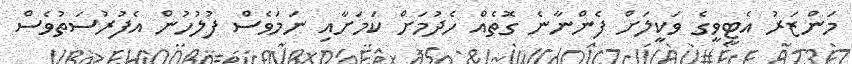
މަންޒަރު އެޓީވީގެ ވަކީލަށް ފެންނާނެ ގޮތެއް ހެދުމަށް ކަމަށާއި ނަމަވެސް ފުލުހުން އެފުރުސަތުވެސް